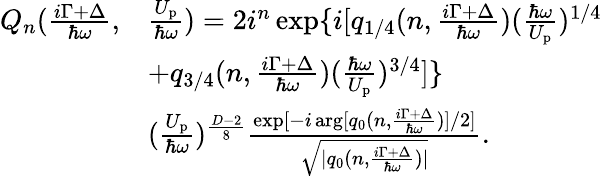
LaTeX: \begin{array}{rl}{Q_{n}(\frac{i\Gamma+\Delta}{\hbar\omega},}&{\frac{U_{\mathrm{p}}}{\hbar\omega})=2i^{n}\exp\{ i[q_{1/4}(n,\frac{i\Gamma+\Delta}{\hbar\omega})(\frac{\hbar\omega}{U_{\mathrm{p}}})^{1/4}}\\ &{+q_{3/4}(n,\frac{i\Gamma+\Delta}{\hbar\omega})(\frac{\hbar\omega}{U_{\mathrm{p}}})^{3/4}]\} }\\ &{(\frac{U_{\mathrm{p}}}{\hbar\omega})^{\frac{D-2}{8}}\frac{\exp[-i\arg[q_{0}(n,\frac{i\Gamma+\Delta}{\hbar\omega})]/2]}{\sqrt{|q_{0}(n,\frac{i\Gamma+\Delta}{\hbar\omega})|}}.}\end{array}